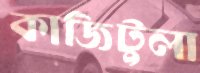
কাজিটুলা